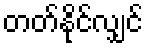
တတ်နိုင်လျှင်